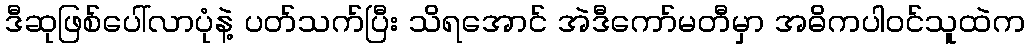
ဒီဆုဖြစ်ပေါ်လာပုံနဲ့ ပတ်သက်ပြီး သိရအောင် အဲဒီကော်မတီမှာ အဓိကပါဝင်သူထဲက